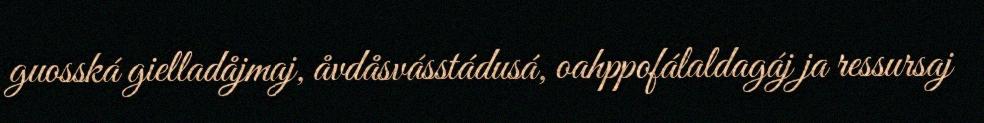
guosská gielladåjmaj, åvdåsvásstádusá, oahppofálaldagáj ja ressursaj